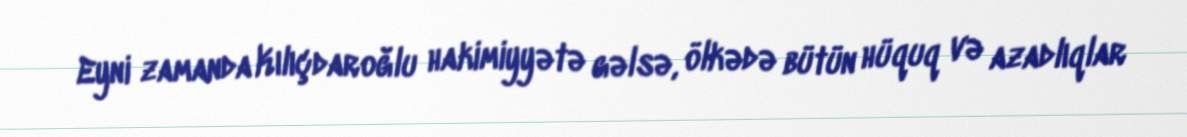
Eyni zamanda Kılıçdaroğlu hakimiyyətə gəlsə, ölkədə bütün hüquq və azadlıqlar